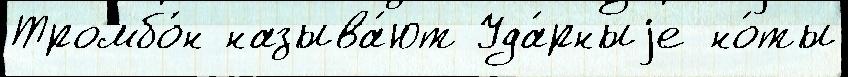
Тромбо́н называ́ют Уда́рныjе но́ты